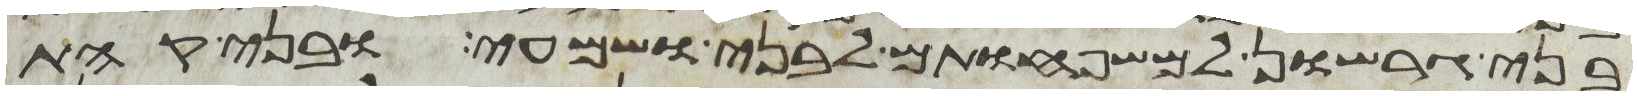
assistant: בני גרשון למשפחותם לבני ושמעי ובני קהת